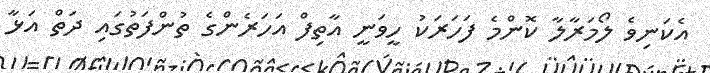
އެކަނިވެ ލޯމަރާލާ ކޮންމެ ފަހަރަކު ހީވަނީ އާތިފް އަހަރެންގެ ތުންފަތުގައި ދަތް އަޅާ